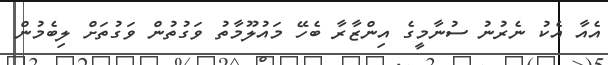
އެއާ އެކު ނެރުނު ސުނާމީގެ އިންޒާރާ ބެހޭ މައުލޫމާތު ވަގުތުން ވަގުތަށް ލިބެމުން